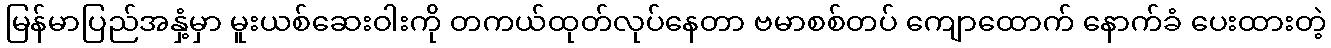
မြန်မာပြည်အနှံ့မှာ မူးယစ်ဆေးဝါးကို တကယ်ထုတ်လုပ်နေတာ ဗမာစစ်တပ် ကျောထောက် နောက်ခံ ပေးထားတဲ့